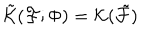
\tilde { { \cal K } } ( { \cal F } ; \Phi ) = { \cal K } ( \tilde { { \cal F } } )